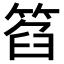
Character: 𥮛